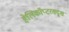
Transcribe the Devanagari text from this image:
हेलिकॉप्टरसदृश